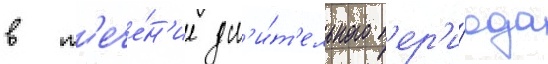
в т'ече́н'ие дл'и́т'ельного п'ер'и́ода